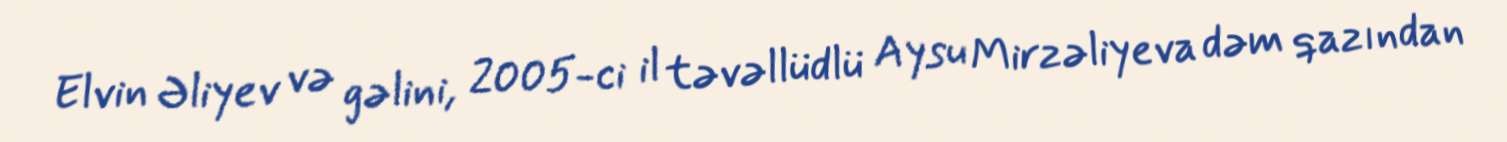
Elvin Əliyev və gəlini, 2005-ci il təvəllüdlü Aysu Mirzəliyeva dəm qazından